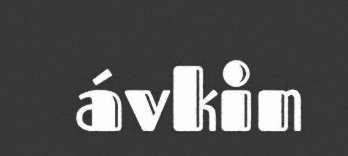
ávkin